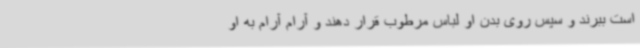
است ببرند و سپس روی بدن او لباس مرطوب قرار دهند و آرام آرام به او